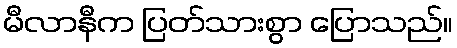
မီလာနီက ပြတ်သားစွာ ပြောသည်။